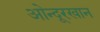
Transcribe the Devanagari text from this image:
ओन्दूरखान